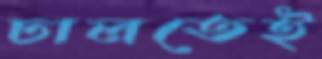
ঢালতেই